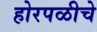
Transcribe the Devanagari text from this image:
होरपळीचे